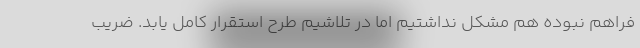
فراهم نبوده هم مشکل نداشتیم اما در تلاشیم طرح استقرار کامل یابد. ضریب